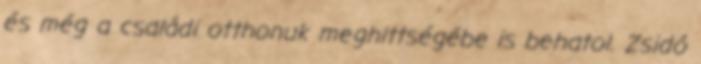
és még a családi otthonuk meghittségébe is behatol. Zsidó